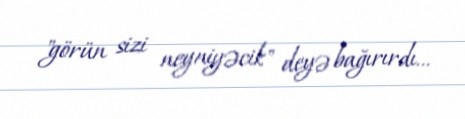
"görün sizi neyniyəcik" deyə bağırırdı...